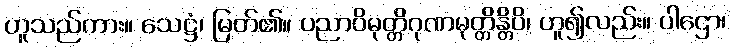
ဟူသည်ကား။ သေဋ္ဌံ၊ မြတ်၏။ ပညာဝိမုတ္တိဂုဏမုတ္တိန္တိပိ၊ ဟူ၍လည်း။ ပါဌော၊